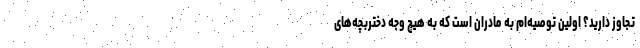
تجاوز دارید؟ اولین توصیه‌ام به مادران است که به هیچ وجه دختربچه‌های